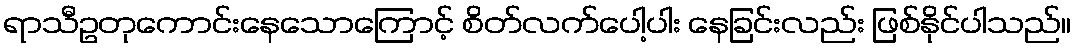
ရာသီဥတုကောင်းနေသောကြောင့် စိတ်လက်ပေါ့ပါး နေခြင်းလည်း ဖြစ်နိုင်ပါသည်။